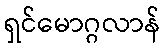
ရှင်မောဂ္ဂလာန်